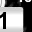
Digit: 1